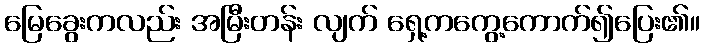
မြေခွေးကလည်း အမြီးတန်း လျက် ရှေ့ကကွေ့ကောက်၍ပြေး၏။